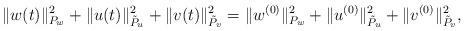
LaTeX: \begin{align*}\| w(t)\|^2_{P_w} + \| u(t)\|^2_{\tilde P_u} + \| v(t)\|^2_{\tilde P_v} = \| w^{(0)}\|^2_{P_w} + \| u^{(0)}\|^2_{\tilde P_u} + \| v^{(0)}\|^2_{\tilde P_v}, \end{align*}